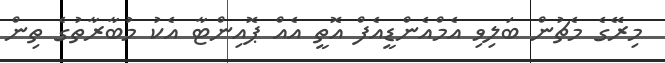
މިރޭގެ މެޗުން ބަލިވި އެމްއެންޑީއެފް އޮތީ އެއް ޕޮއިންޓާ އެކު މުބާރާތުގެ ތިން